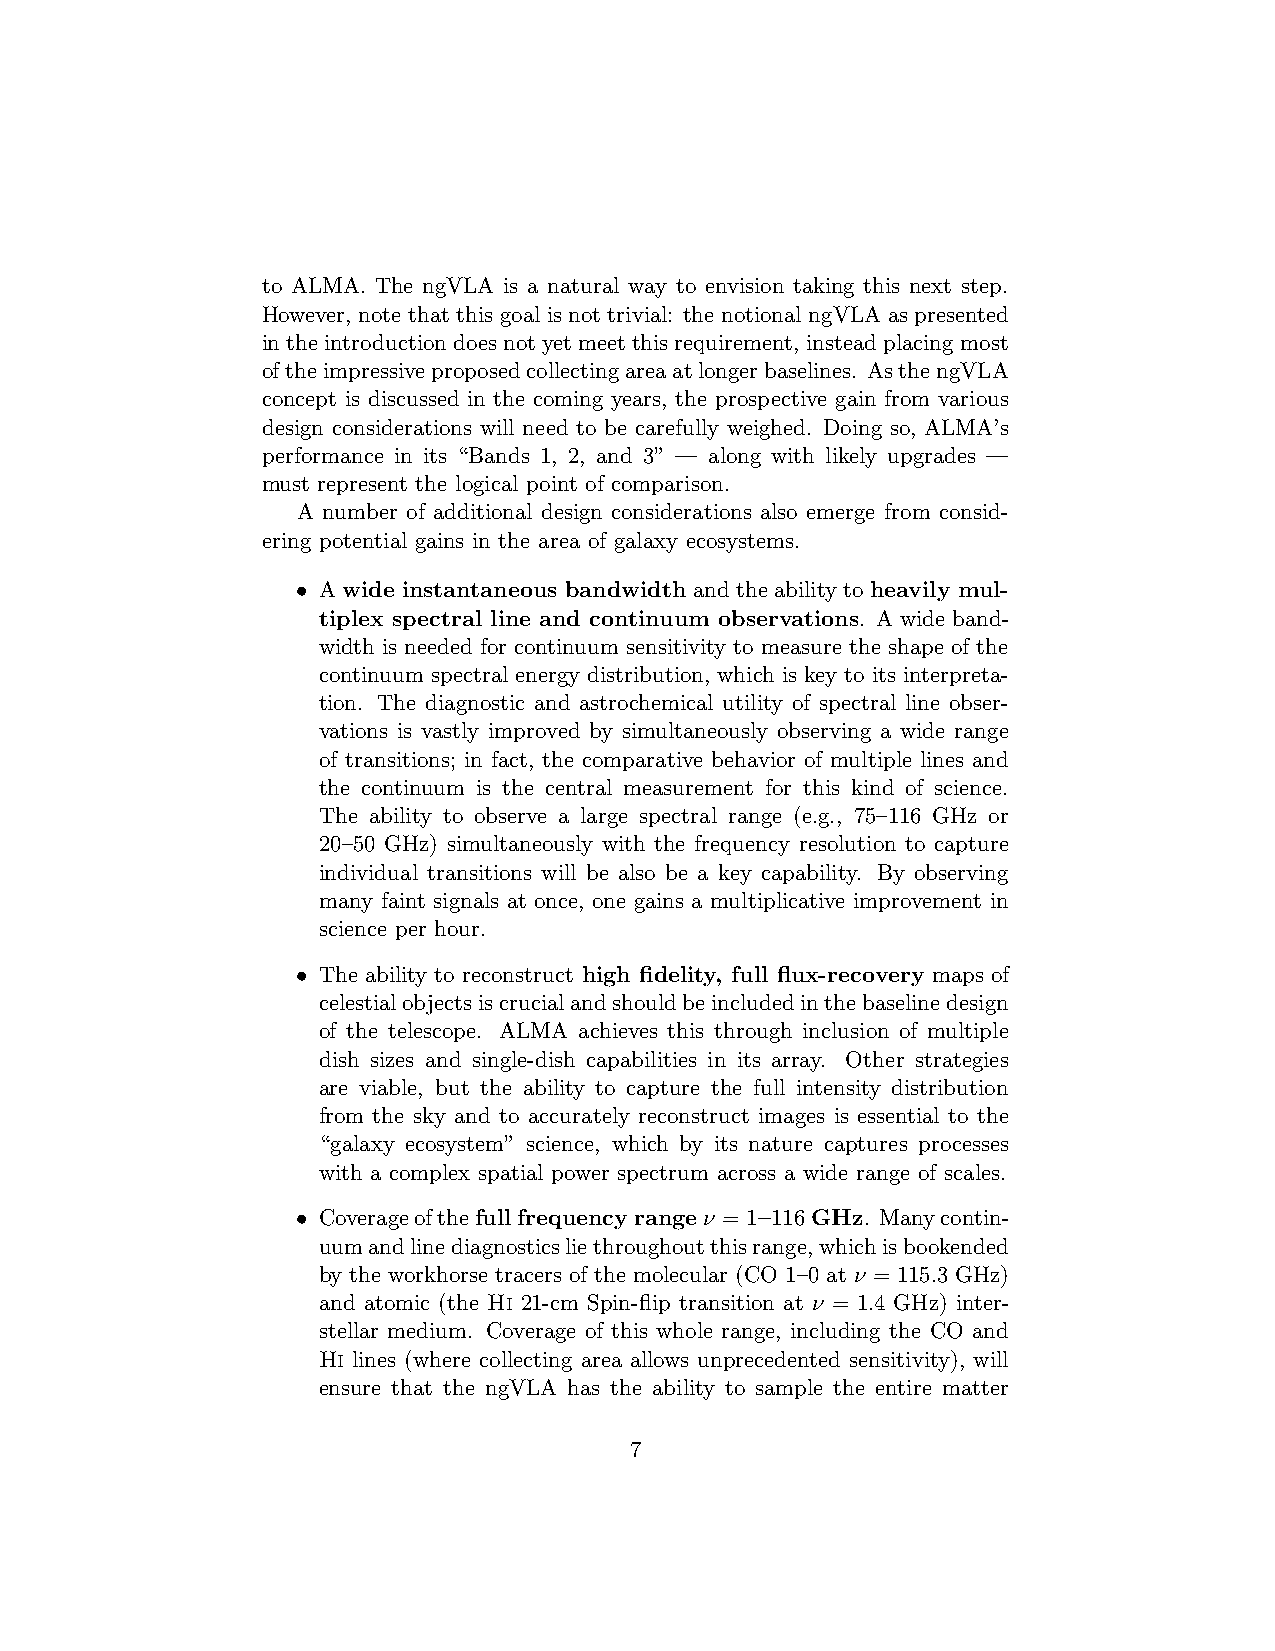
to ALMA. The ngVLA is a natural way to envision taking this next step.
 However, note that this goal is not trivial: the notional ngVLA as presented
 intheintroductiondoesnotyetmeetthisrequirement, insteadplacingmost
 oftheimpressiveproposedcollectingareaatlongerbaselines. AsthengVLA
 concept is discussed in the coming years, the prospective gain from various
 design considerations will need to be carefully weighed. Doing so, ALMA’s
 performance in its “Bands 1, 2, and 3” — along with likely upgrades —
 must represent the logical point of comparison.
 A number of additional design considerations also emerge from consid-
 ering potential gains in the area of galaxy ecosystems.
 • A wide instantaneous bandwidth and the ability to heavily mul-
 tiplex spectral line and continuum observations. A wide band-
 width is needed for continuum sensitivity to measure the shape of the
 continuum spectral energy distribution, which is key to its interpreta-
 tion. The diagnostic and astrochemical utility of spectral line obser-
 vations is vastly improved by simultaneously observing a wide range
 of transitions; in fact, the comparative behavior of multiple lines and
 the continuum is the central measurement for this kind of science.
 The ability to observe a large spectral range (e.g., 75–116 GHz or
 20–50 GHz) simultaneously with the frequency resolution to capture
 individual transitions will be also be a key capability. By observing
 many faint signals at once, one gains a multiplicative improvement in
 science per hour.
 • The ability to reconstruct high fidelity, full flux-recovery maps of
 celestialobjectsiscrucialandshouldbeincludedinthebaselinedesign
 of the telescope. ALMA achieves this through inclusion of multiple
 dish sizes and single-dish capabilities in its array. Other strategies
 are viable, but the ability to capture the full intensity distribution
 from the sky and to accurately reconstruct images is essential to the
 “galaxy ecosystem” science, which by its nature captures processes
 with a complex spatial power spectrum across a wide range of scales.
 • Coverageofthefullfrequencyrangeν = 1–116GHz. Manycontin-
 uumandlinediagnosticsliethroughoutthisrange,whichisbookended
 by the workhorse tracers of the molecular (CO 1–0 at ν = 115.3 GHz)
 and atomic (the Hi 21-cm Spin-flip transition at ν = 1.4 GHz) inter-
 stellar medium. Coverage of this whole range, including the CO and
 Hi lines (where collecting area allows unprecedented sensitivity), will
 ensure that the ngVLA has the ability to sample the entire matter
 7